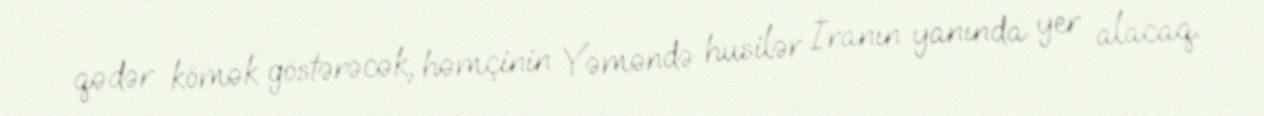
qədər kömək göstərəcək, həmçinin Yəməndə husilər İranın yanında yer alacaq.